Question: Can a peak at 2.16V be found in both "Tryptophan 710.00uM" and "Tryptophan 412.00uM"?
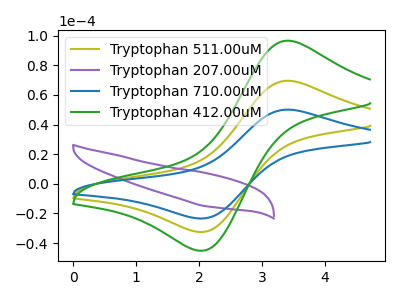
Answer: <think>The olive curve "Tryptophan 511.00uM" has an anodic peak at (3.45V, 69.60uA) and a cathodic peak at (2.00V, -32.55uA). The purple curve "Tryptophan 207.00uM" has no peaks. The blue curve "Tryptophan 710.00uM" has an anodic peak at (3.45V, 50.10uA) and a cathodic peak at (2.00V, -23.40uA). The green curve "Tryptophan 412.00uM" has an anodic peak at (3.45V, 139.20uA) and a cathodic peak at (2.00V, -65.05uA).</think>
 <answer>No, "Tryptophan 710.00uM" and "Tryptophan 412.00uM" dont share a peak at 2.16V.</answer>
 <eval>mismatch</eval>